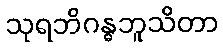
သုရဘိဂန္ဓဘူသိတာ